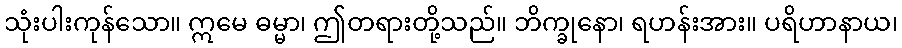
သုံးပါးကုန်သော။ ဣမေ ဓမ္မာ၊ ဤတရားတို့သည်။ ဘိက္ခုနော၊ ရဟန်းအား။ ပရိဟာနာယ၊